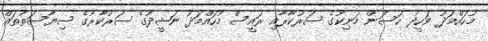
މުހައްމަދު ވަހީދު ހަސަން މަނިކުގެ ސަރުކާރާއި ރައީސް މުހައްމަދު ނަޝީދުގެ ސަރުކާރުގެ ސިޔާސަތުތައް